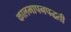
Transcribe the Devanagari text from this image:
कालमापनपद्धती